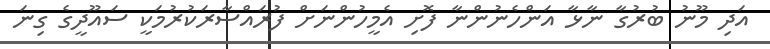
އަދި މޫނު ބުރުގާ ނާޅާ އަންހެނުންނާ ފޮށި އެމީހުންނަށް ފުރައްސާރަކުރުމަކީ ސައޫދީގެ ގިނަ